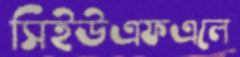
সিইউএফএলে